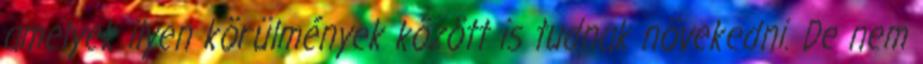
amelyek ilyen körülmények között is tudnak növekedni. De nem